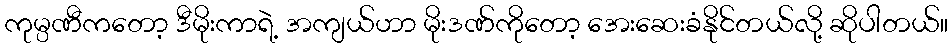
ကုမ္ပဏီကတော့ ဒီမိုးကာရဲ့ အကျယ်ဟာ မိုးဒဏ်ကိုတော့ အေးဆေးခံနိုင်တယ်လို့ ဆိုပါတယ်။